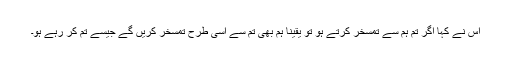
اس نے کہا اگر تم ہم سے تمسخر کرتے ہو تو یقیناً ہم بھی تم سے اسی طرح تمسخر کریں گے جیسے تم کر رہے ہو۔